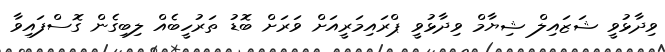
ވިދާޅުވީ ޝަޒައިލް ޝިޔާމް ވިދާޅުވީ ޕްރައިމަރީއަށް ވަރަށް ބޮޑު ތަރުހީބެއް ލިބިގެން ގޮސްފައިވާ